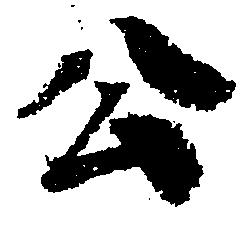
公